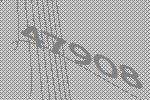
47908